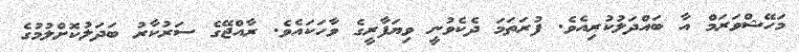
މަހޭޝްވަރަމް އާ ބައްދަލުކުރިއެވެ. ފުރަތަމަ ދެކެވުނީ ވިޔަފާރީގެ ވާހަކައެވެ. ރާއްޖޭގެ ސަރުކާރު ބަދަލުކޮށްލުމުގެ